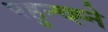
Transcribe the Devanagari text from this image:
पहुन्च्ह्ने